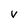
Character: V